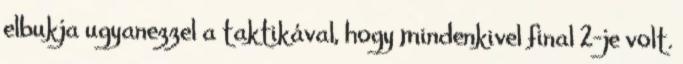
elbukja ugyanezzel a taktikával, hogy mindenkivel final 2-je volt.